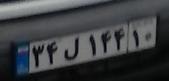
۳۴ل۱۴۴۱۰